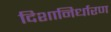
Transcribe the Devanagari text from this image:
दिशानिर्धारण